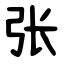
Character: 张